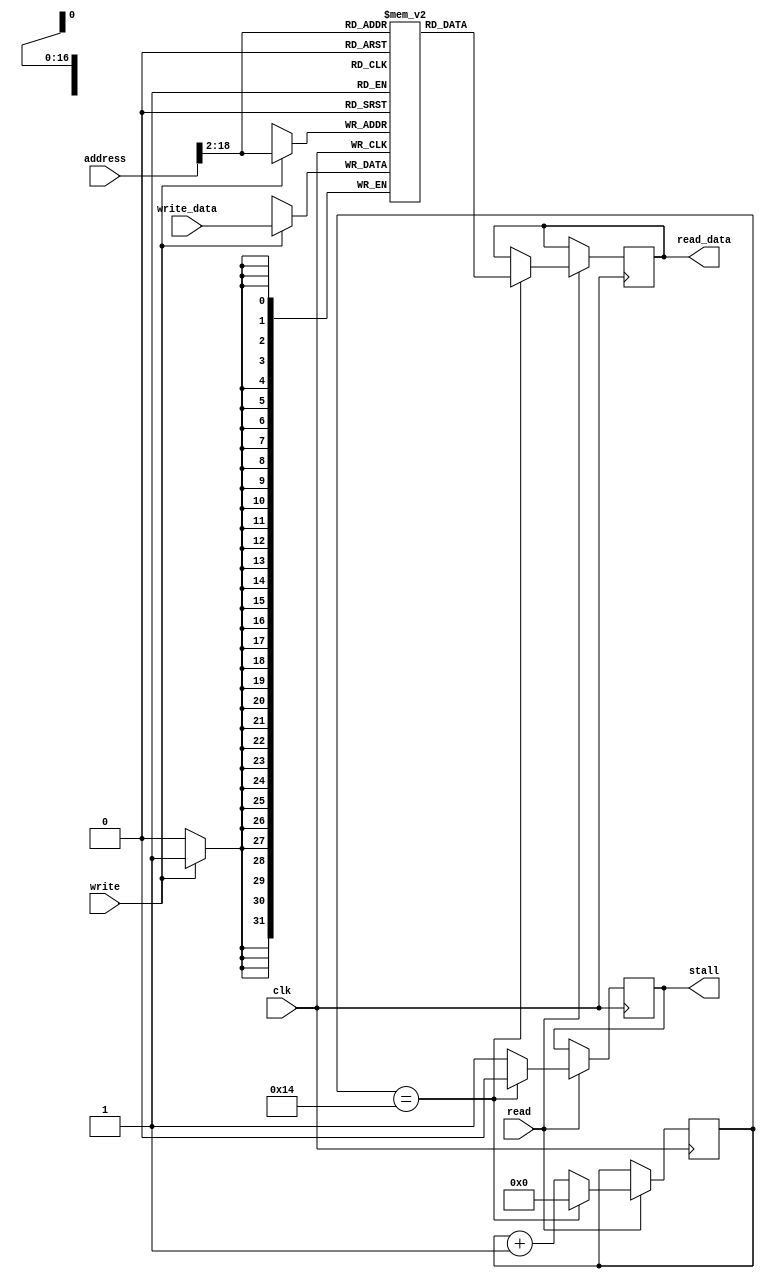
module data_memory(input 		clk, write, read,
				   input		[31:0] address, write_data,
				   output reg	[31:0] read_data,
				   output reg	stall);
	reg [31:0] RAM[65536:0]; //RAM to store address-based memory
	reg [5:0] cycles;
	initial cycles = 0;
	initial stall = 0;

	//assign read_data = RAM[address[31:2]];
	always @(posedge clk) begin
		#1
		if (write)
			RAM[address[31:2]] <= write_data; //store data in address RAM
		if(read) begin
			if(cycles == 20) begin
				cycles = 0;
				stall <= 0;
				read_data <= RAM[address[31:2]];
			end
			else begin
				cycles = cycles + 1;
				stall <= 1;
			end
		end
	end
endmodule